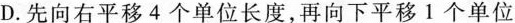
D.先向右平移4个单位长度，再向下平移1个单位